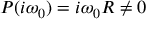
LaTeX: P ( i \omega _ { 0 } ) = i \omega _ { 0 } R \neq 0